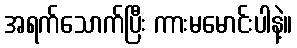
အရက်သောက်ပြီး ကားမမောင်းပါနဲ့။